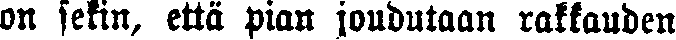
on sekin, että pian joudutaan rakkauden